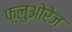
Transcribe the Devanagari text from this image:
फ़्लुओरेज़